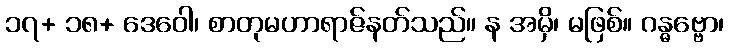
၁၇+ ၁၈+ ဒေဝေါ၊ စာတုမဟာရာဇ်နတ်သည်။ န အမှိ၊ မဖြစ်။ ဂန္ဓဗ္ဗော၊